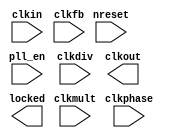
//#############################################################################
//# Function: Phase Locked Loop                                               #
//#############################################################################
//# Author:   Andreas Olofsson                                                #
//# License:  MIT (see LICENSE file in OH! repository)                        # 
//#############################################################################

module oh_pll #(parameter N = 8) // number of clocks
   ( input            clkin,    // primary clock input
     input 	      nreset, // async active low reset
     input 	      clkfb, // feedback clock
     input 	      pll_en, // enable pll   
     input [N*8-1:0]  clkdiv, // clock divider settings (per clock)
     input [N*16-1:0] clkphase, // clock phase setting (rise/fall edge)
     input [7:0]      clkmult, // feedback clock multiplier 	       
     output [N-1:0]   clkout, // output clocks
     output 	      locked // PLL locked status
     );

`ifdef TARGET_SIM

   //insert PLL simulation model
   
`endif
      
endmodule // oh_pll